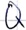
Text: Q